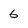
Character: 6